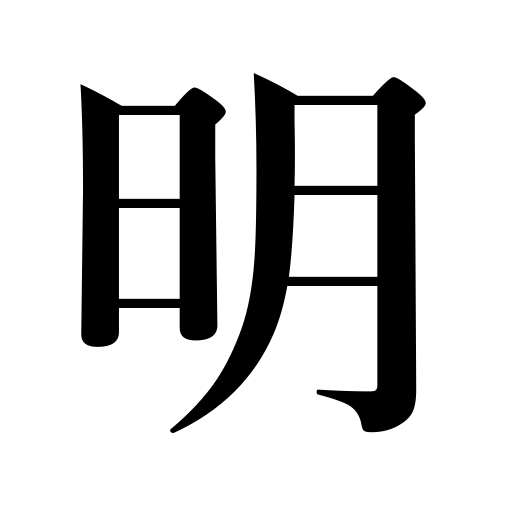
Meanings: pass the time,distinct,bright,open,begin,become vacant,light,shining,leave a space,become empty,vindication,start,spend,dawn,clean,make a hole,divulge,expire,following,evident,reserve a seat,be disengaged,clear,be over,indisputable,eyesight,definite,next,stay away from,end,plain,be opened,sunny,discernment,conversant with,tomorrow morning,empty,be free,lamp,next week,vacate,cheerful,reveal,obvious,clearness,clear the table,commence